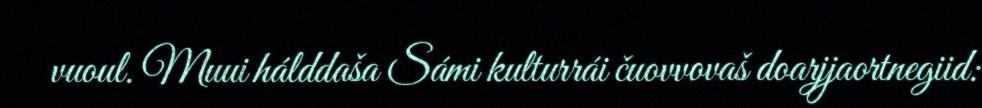
vuoul. Muui hálddaša Sámi kulturrái čuovvovaš doarjjaortnegiid: